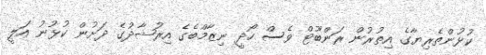
ކުޅުންތެރިޔާގެ އިތުރުން ރަންބޫޓް ވެސް ހޯދީ ނިޒާމްބެގެ އިރުޝާދުގެ ދަށުން ކުޅުނު އަލީ